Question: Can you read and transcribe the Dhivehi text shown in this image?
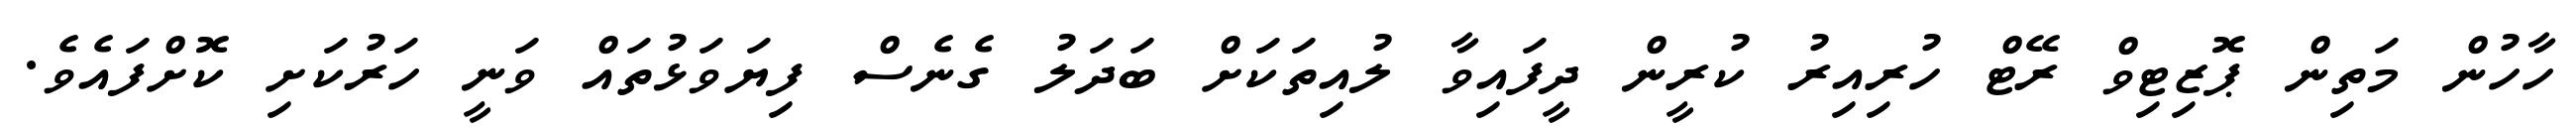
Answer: ހާހުން މަތިން ޕޮޒިޓިވް ރޭޓް ހުރިއިރު ކުރީން ދީފައިވާ ލުއިތަކަށް ބަދަލު ގެނެސް ފިޔަވަޅުތައް ވަނީ ހަރުކަށި ކޮށްފައެވެ.